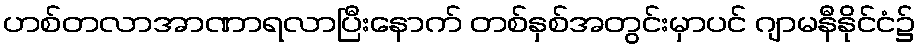
ဟစ်တလာအာဏာရလာပြီးနောက် တစ်နှစ်အတွင်းမှာပင် ဂျာမနီနိုင်ငံ၌